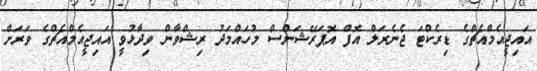
އައިޖީއެމްއެޗްގެ ޑިރެކްޓަ ޖެނެރަލް އޮފް އޮޕަރޭޝަންސް މުހައްމަދު ރިޝްވާން ވިދާޅުވީ އައިޖީއެމްއެޗްގެ ވަރަށް